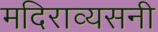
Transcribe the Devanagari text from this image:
मदिराव्यसनी